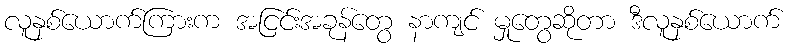
လူနှစ်ယောက်ကြားက အငြင်းအခုန်တွေ နာကျင် မှုတွေဆိုတာ ဒီလူနှစ်ယောက်